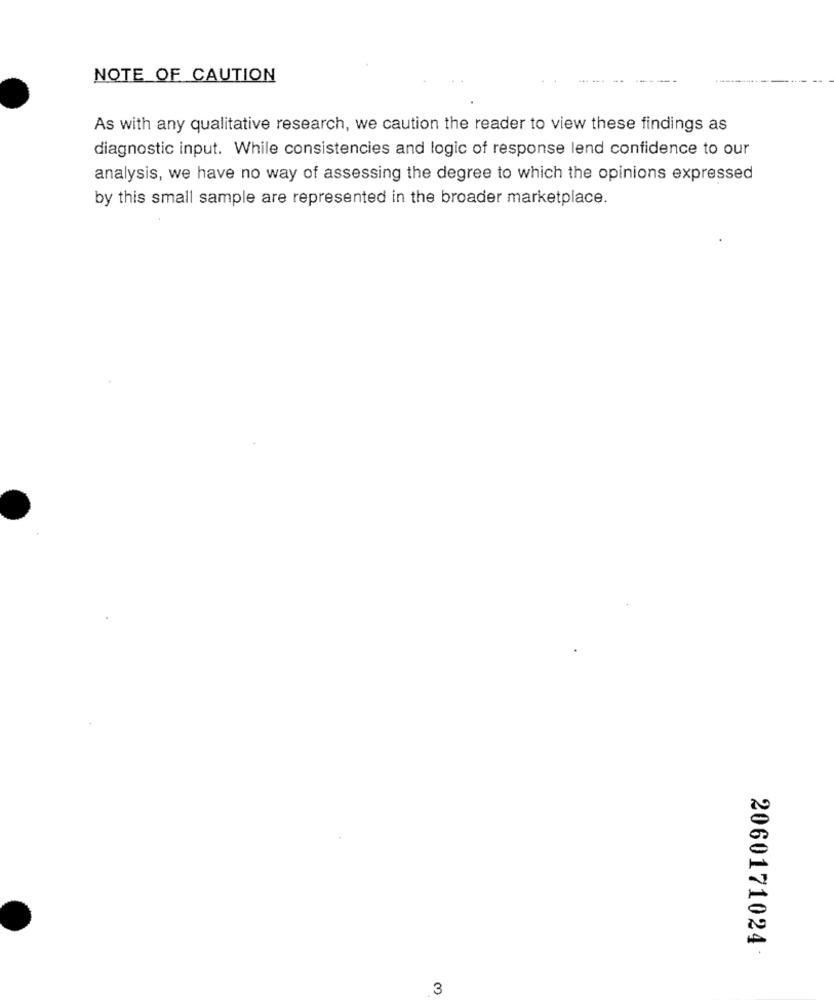
NOTE OF CAUTION
As with any qualitative research, we caution the reader to view these findings as
diagnostic input. While consistencies and logic of response lend confidence to our
analysis, we have no way of assessing the degree to which the opinions expressed
by this small sample are represented in the broader marketplace.
2060171024
3